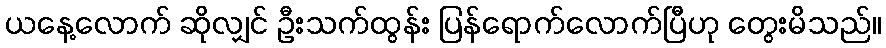
ယနေ့လောက် ဆိုလျှင် ဦးသက်ထွန်း ပြန်ရောက်လောက်ပြီဟု တွေးမိသည်။